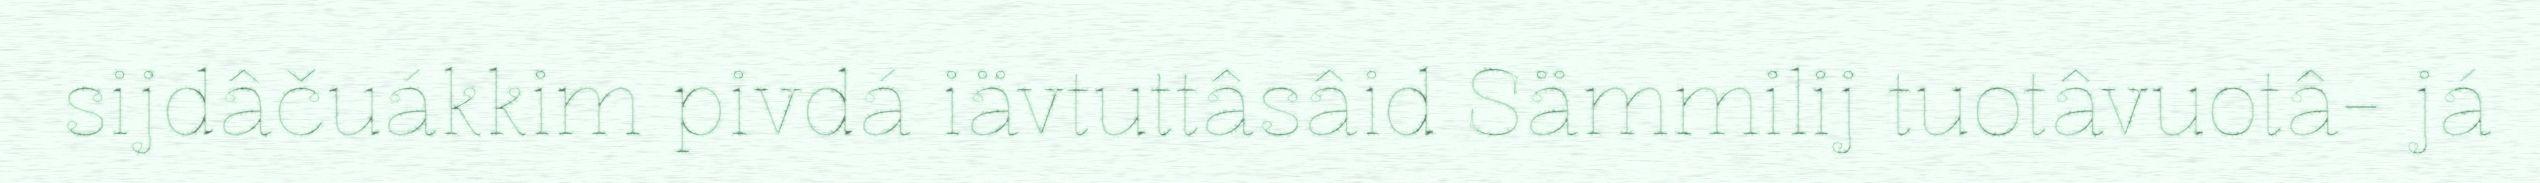
sijdâčuákkim pivdá iävtuttâsâid Sämmilij tuotâvuotâ- já